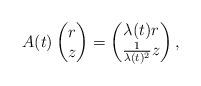
LaTeX: \begin{align*}A(t) \begin{pmatrix} r \\z\end{pmatrix}= \begin{pmatrix}\lambda(t) r \\\frac 1 {\lambda(t)^2} z\end{pmatrix},\end{align*}